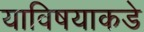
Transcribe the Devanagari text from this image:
याविषयाकडे